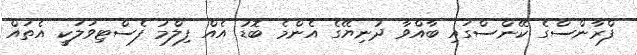
ފްރާންސްގެ ކޭންސްގައި ބާއްވާ ދުނިޔޭގެ އެންމެ ބޮޑު އެއް ފިލްމު ފެސްޓިވަލަކީ އެތައް